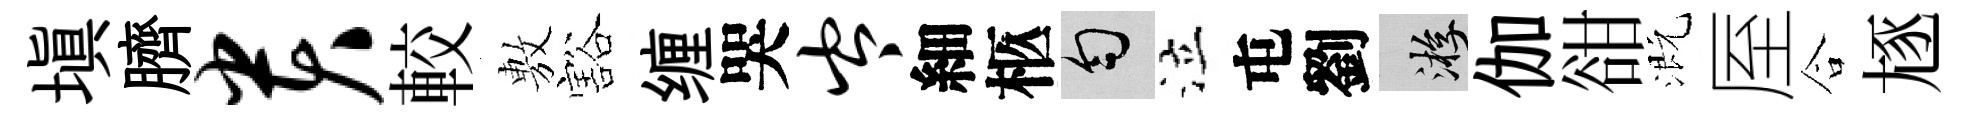
塡臍贵較𢾾豁缠哭岑細柩匀泣屯劉游伽𧮳溉厔合豗